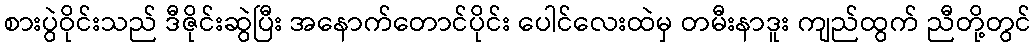
စားပွဲဝိုင်းသည် ဒီဇိုင်းဆွဲပြီး အနောက်တောင်ပိုင်း ပေါင်လေးထဲမှ တမီးနာဒူး ကျည်ထွက် ညီတို့တွင်